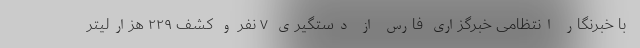
با خبرنگار انتظامی خبرگزاری فارس از دستگیری ۷ نفر و کشف ۲۲۹ هزارلیتر